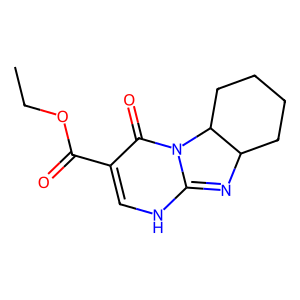
SMILES: CCOC(=O)C1=CNC2=NC3CCCCC3N2C1=O
Inhibits HIV replication: No